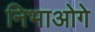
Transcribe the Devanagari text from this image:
निभाओगे